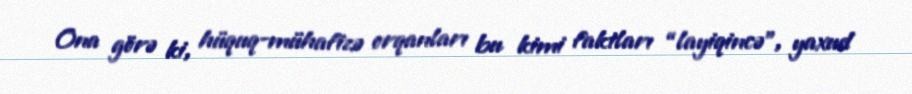
Ona görə ki, hüquq-mühafizə orqanları bu kimi faktları “layiqincə”, yaxud